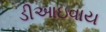
ડીઆઇવાય